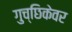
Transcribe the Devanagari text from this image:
गुच्छिकेवर